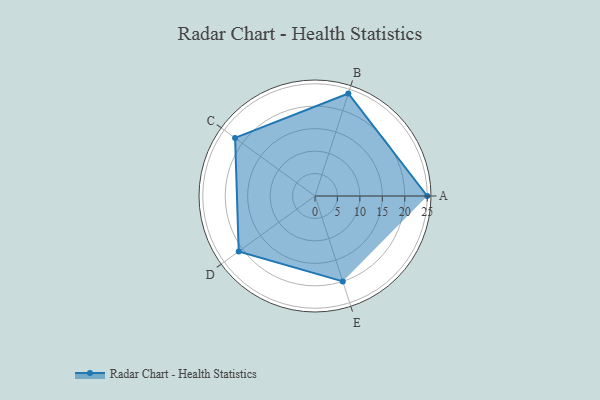
{"axis": {"x": "Skill", "y": "Score"}, "legend": ["Profile"], "data": [{"x": "A", "y": 25.0, "type": "Profile"}, {"x": "B", "y": 24.0, "type": "Profile"}, {"x": "C", "y": 22.0, "type": "Profile"}, {"x": "D", "y": 21.0, "type": "Profile"}, {"x": "E", "y": 20, "type": "Profile"}]}